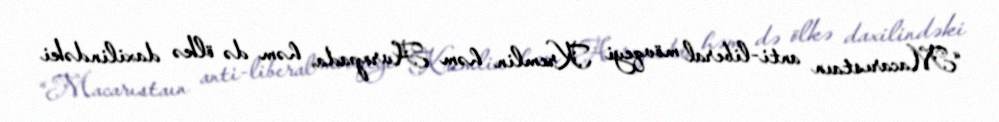
“Macarıstaın anti-liberal mövqeyi Kremlin həm Avropada, həm də ölkə daxilindəki